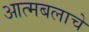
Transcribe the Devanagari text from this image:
आत्मबलाचे